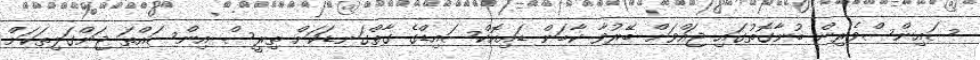
ސައިންސްވެރިން ބުނާގޮތުގައި ޖައްވަށް ބޭރުވާ ކާބަން ޑައިއޮކްސައިޑްގެ ގާތްގަނޑަކަށް ތިރީސް އިންސައްތަ ޖަންގަލިތަކަށް